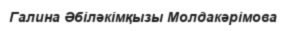
Галина Әбіләкімқызы Молдакәрімова